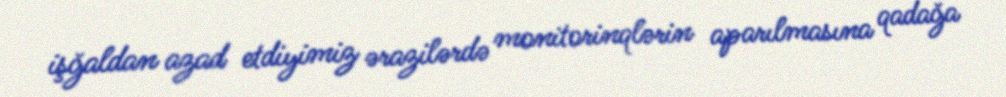
işğaldan azad etdiyimiz ərazilərdə monitorinqlərin aparılmasına qadağa